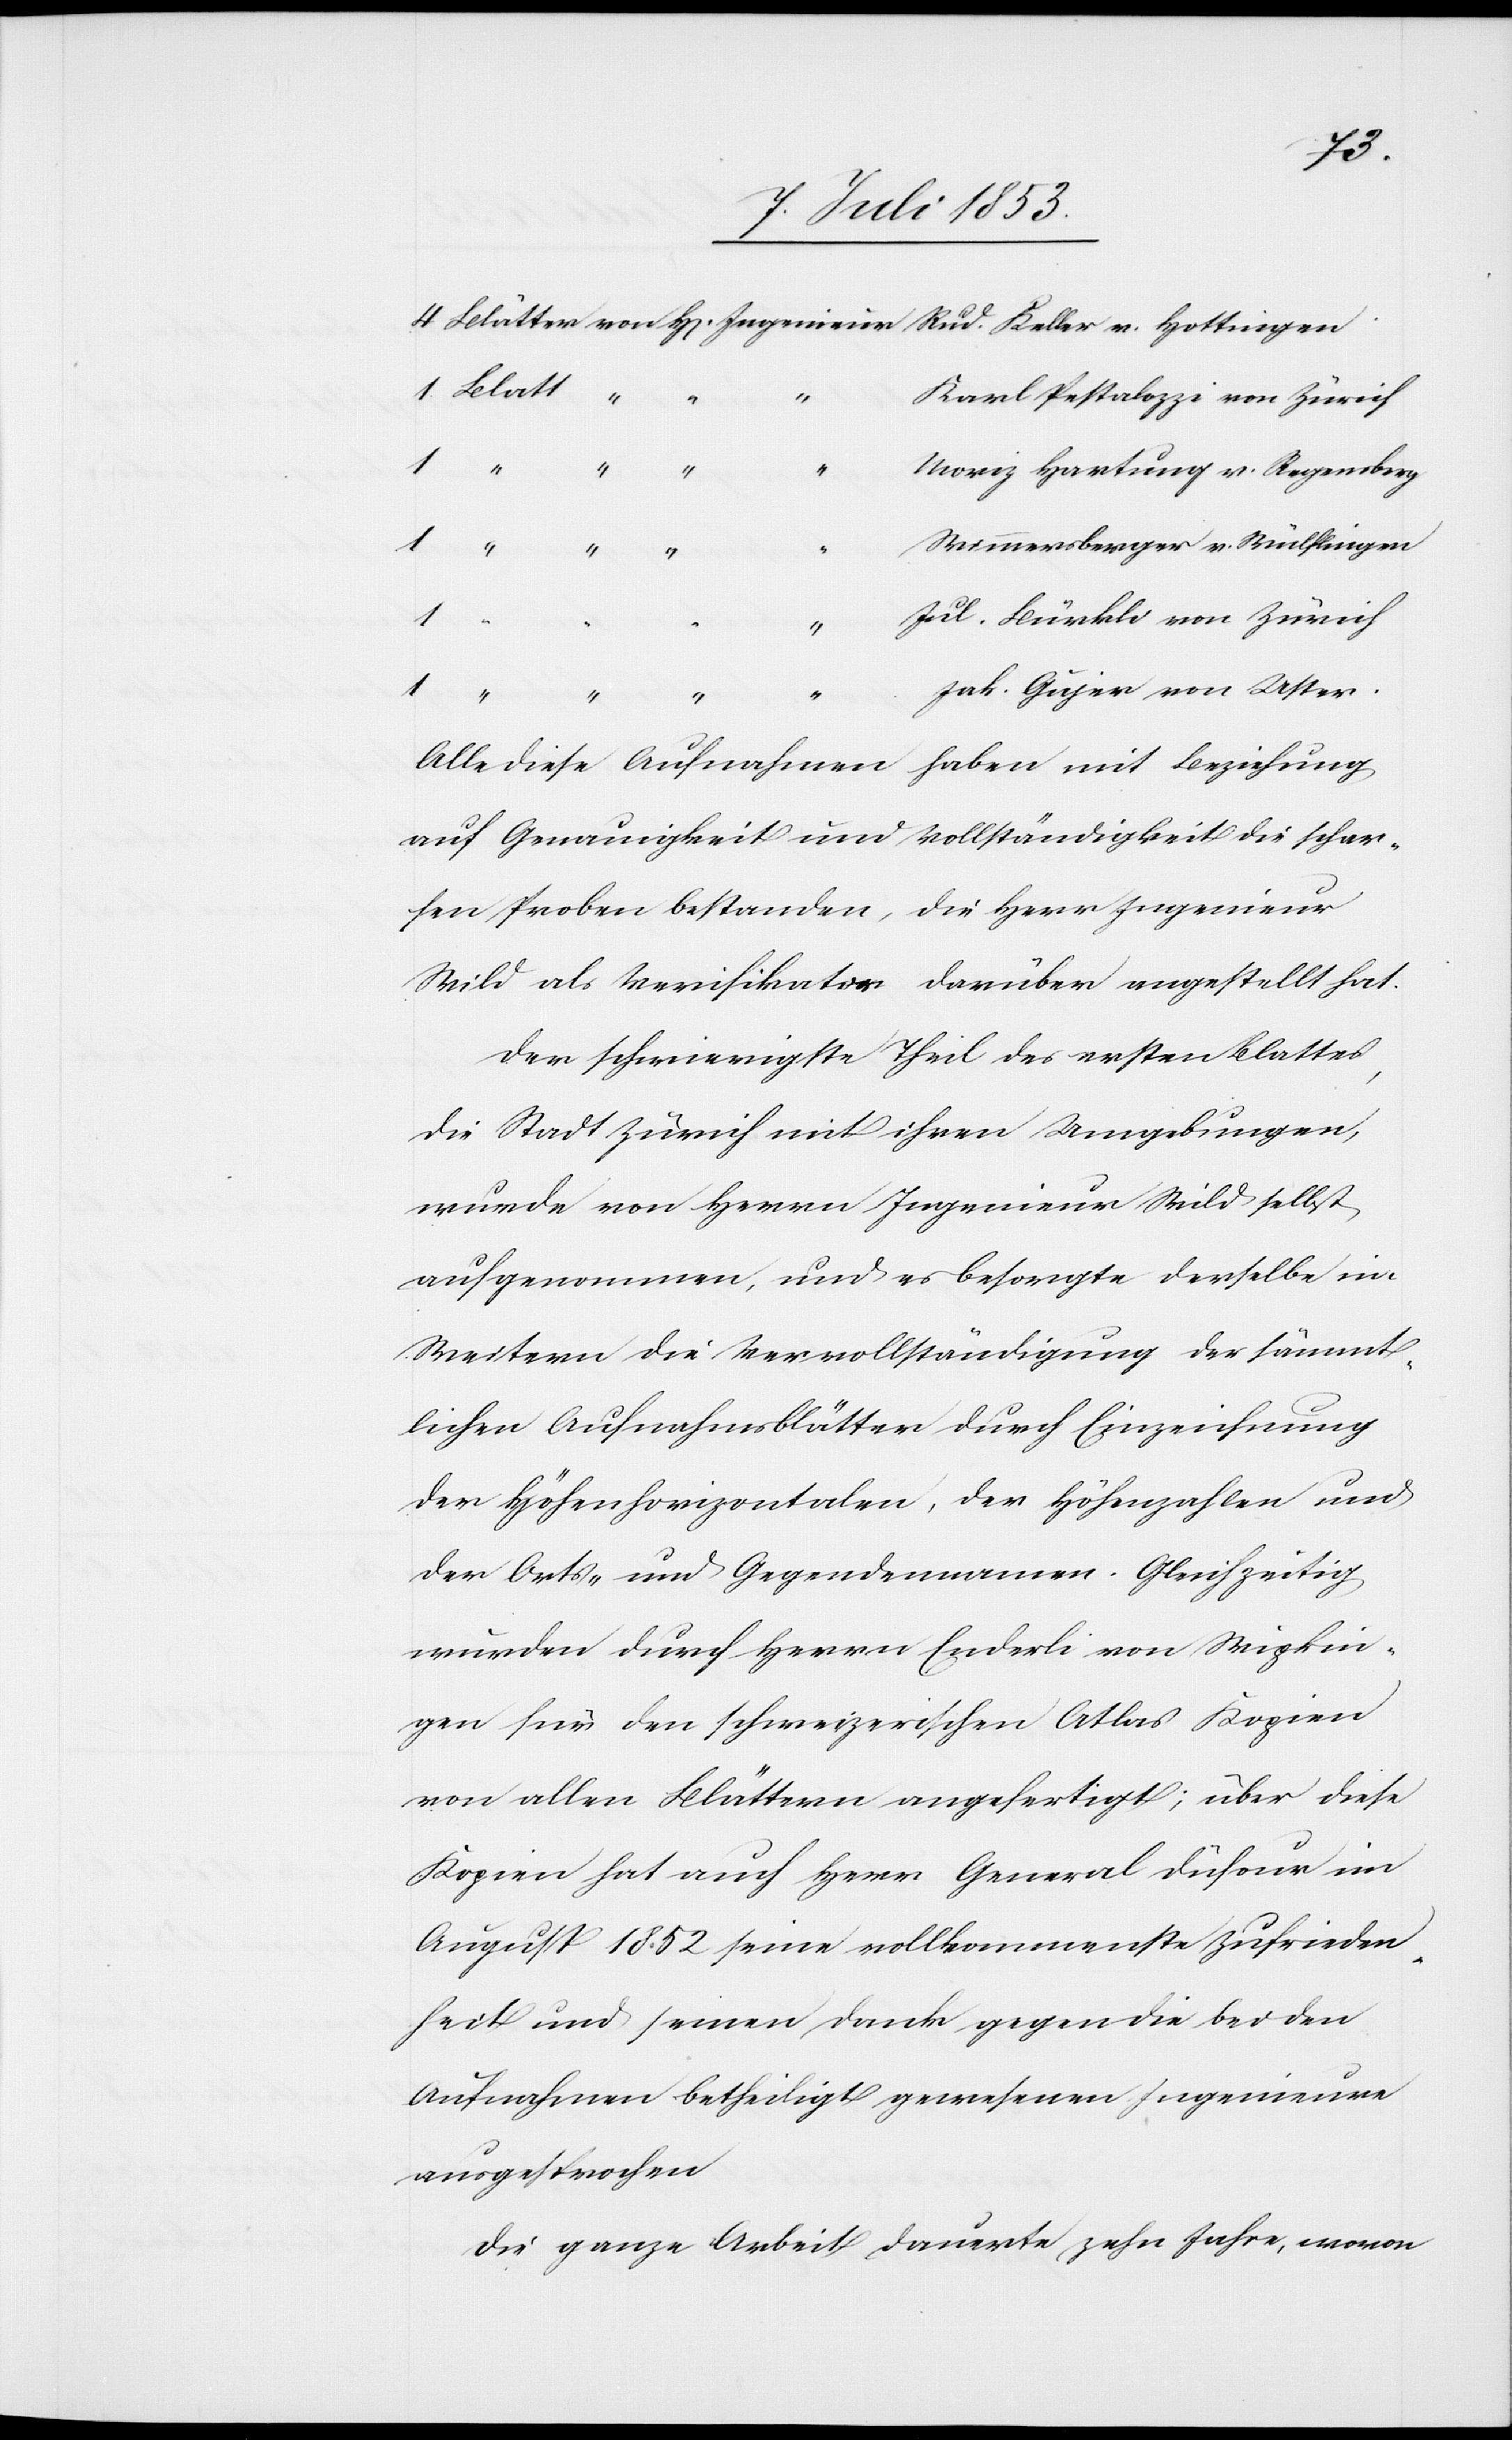
arl Pestalozzi von Zürich.
Hartung v. Regensberg.
Bürkli von Zürich
v.
Gujer
von Uster.
Alle diese Aufnahmen haben mit Beziehung
auf Genauigkeit und Vollständigkeit die schar¬
fen Proben bestanden, die Herr Ingenieur
Wild als Verifikator darüber angestellt hat.
Der schwierigste Theil des ersten Blattes,
die Stadt Zürich mit ihren Umgebungen,
wurde von Herrn Ingenieur Wild selbst
aufgenommen, und es besorgte derselbe im
Weitern die Vervollständigung der sämmt¬
lichen Aufnahmsblätter durch Einzeichnung
der Höhenhorizontalen, der Höhenzahlen und
der Orts- und Gegendennamen. Gleichzeitig
wurden durch Herrn Enderli von Wipkin¬
gen für den schweizerischen Atlas Kopien
von allen Blättern angefertigt; über diese
Kopien hat auch Herr General Düfour im
August 1852 seine vollkommenste Zufrieden¬
heit und seinen Dank gegen die bei den
Aufnahmen betheiligt gewesenen Ingenieure
ausgesprochen.
Die ganze Arbeit dauerte zehn Jahre, wovon